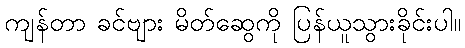
ကျန်တာ ခင်ဗျား မိတ်ဆွေကို ပြန်ယူသွားခိုင်းပါ။